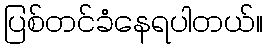
ပြစ်တင်ခံနေရပါတယ်။